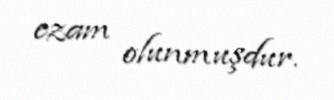
ezam olunmuşdur.